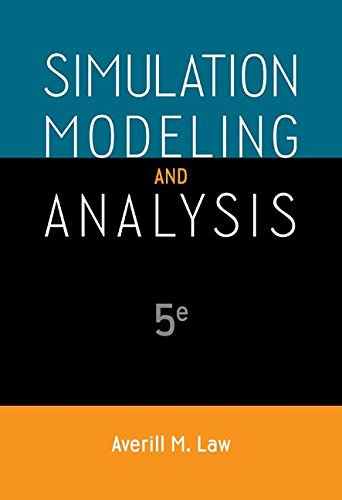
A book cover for Simulation Modeling and Analysis (McGraw-Hill Series in Industrial Engineering and Management); Averill Law; Computers & Technology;